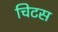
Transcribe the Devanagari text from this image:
चिटस